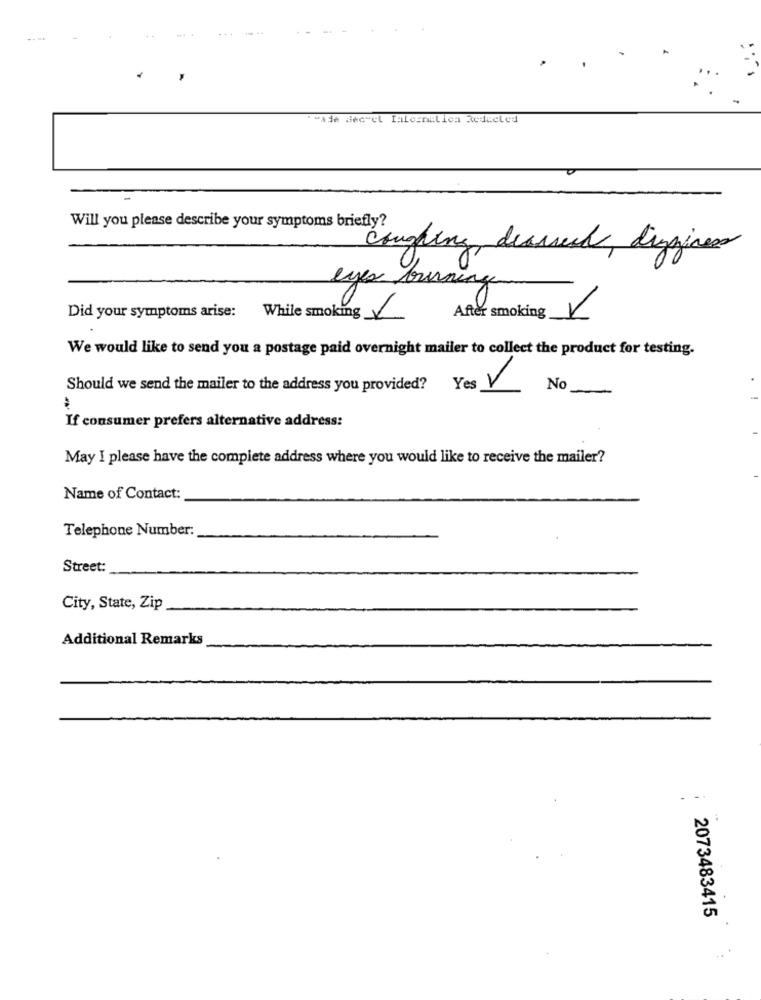
"wide dec"el Ialesmilica Reducled
Will you please describe your symptoms briefly?
Coughing dearseed, dizziness
eyes burning
Did your symptoms arise: While smoking
After smoking V
We would like to send you a postage paid overnight mailer to collect the product for testing.
Should we send the mailer to the address you provided? Yes V
No
If consumer prefers alternative address:
May I please have the complete address where you would like to receive the mailer?
Name of Contact:
Telephone Number:
Street:
City, State, Zip
Additional Remarks
. -.
2073483415